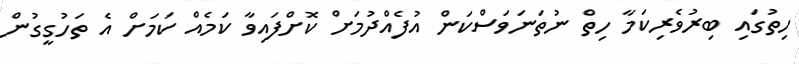
ހިތުގައި ބިރުވެރިކަމާ ހިތް ނުތަނަވަސްކަން އުފެއްދުމަށް ކޮށްފައިވާ ކަމެއް ކަމަށް އެ ތަހުގީގުން